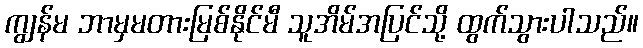
ကျွန်မ ဘာမှမတားမြစ်နိုင်မီ သူအိမ်အပြင်သို့ ထွက်သွားပါသည်။